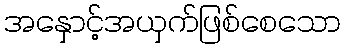
အနှောင့်အယှက်ဖြစ်စေသော